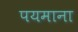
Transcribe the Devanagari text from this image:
पयमाना